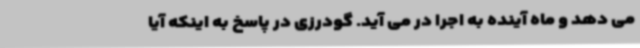
می دهد و ماه آینده به اجرا در می آید. گودرزی در پاسخ به اینکه آیا